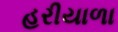
હરીયાળા